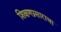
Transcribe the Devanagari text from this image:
शिक्षणप्रसाराचा